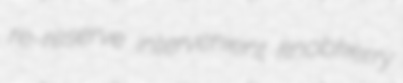
re-reserve intervenient knobkerry